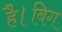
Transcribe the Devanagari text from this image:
है।बिग